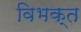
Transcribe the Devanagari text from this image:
विभक्‍त